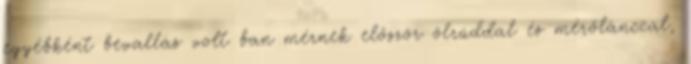
egyébként bevallás volt ban mérnek először ölrúddal és mérőlánccal,